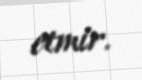
etmir.